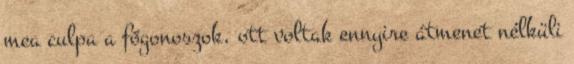
mea culpa a főgonoszok, ott voltak ennyire átmenet nélküli